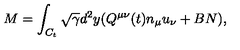
{ M } = \int _ { C _ { t } } \sqrt { \gamma } d ^ { 2 } y ( Q ^ { \mu \nu } ( t ) n _ { \mu } u _ { \nu } + B N ) ,